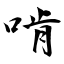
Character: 啃